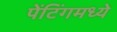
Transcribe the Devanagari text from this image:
पेंटिंगमध्ये